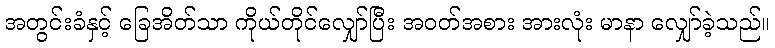
အတွင်းခံနှင့် ခြေအိတ်သာ ကိုယ်တိုင်လျှော်ပြီး အဝတ်အစား အားလုံး မာနာ လျှော်ခဲ့သည်။